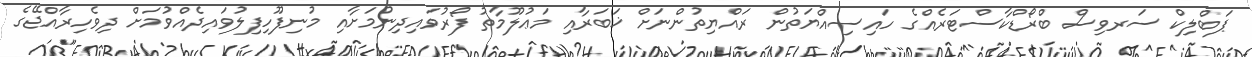
ޕަބްލިކް ސަރވިސް ބްރޯޑްކާސްޓަރެއްގެ ހައިސިއްޔަތުން ރައްޔިތުންނަށް ޚަބަރާއި މަޢުލޫމާތު ފޯރުވައިދިނުމަށާއި މުނިފޫހިފިލުވައިދެއްވުމަށް ދިވެހިރާއްޖޭގެ